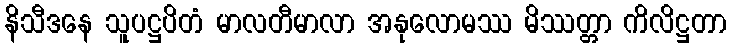
နိသီဒနေ သူပဋ္ဌပိတံ မာလတီမာလာ အနုလောမဿ မိဿတ္တာ ကိလိဋ္ဌတာ